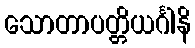
သောတာပတ္တိယင်္ဂါနိ